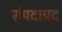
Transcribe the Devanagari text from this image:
संपदाप्रद